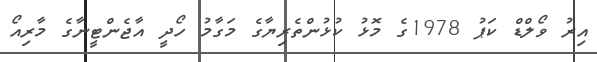
އިރު ވޯލްޑް ކަޕު 1978ގެ މޮޅު ކުޅުންތެރިޔާގެ މަގާމު ހޯދީ އާޖެންޓީނާގެ މާރިއޯ